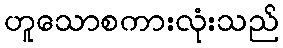
ဟူသောစကားလုံးသည်